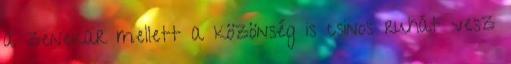
a zenekar mellett a közönség is csinos ruhát vesz